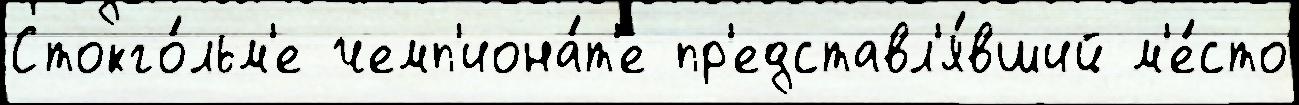
Стокго́льм'е чемп'иона́т'е пр'едставл'я́вший м'е́сто